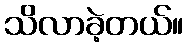
သိလာခဲ့တယ်။